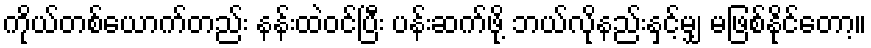
ကိုယ်တစ်ယောက်တည်း နန်းထဲဝင်ပြီး ပန်းဆက်ဖို့ ဘယ်လိုနည်းနှင့်မျှ မဖြစ်နိုင်တော့။